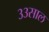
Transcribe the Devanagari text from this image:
३३साल